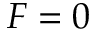
F = 0